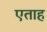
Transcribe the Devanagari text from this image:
एताह